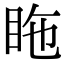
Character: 𥅓